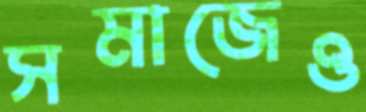
সমাজেও